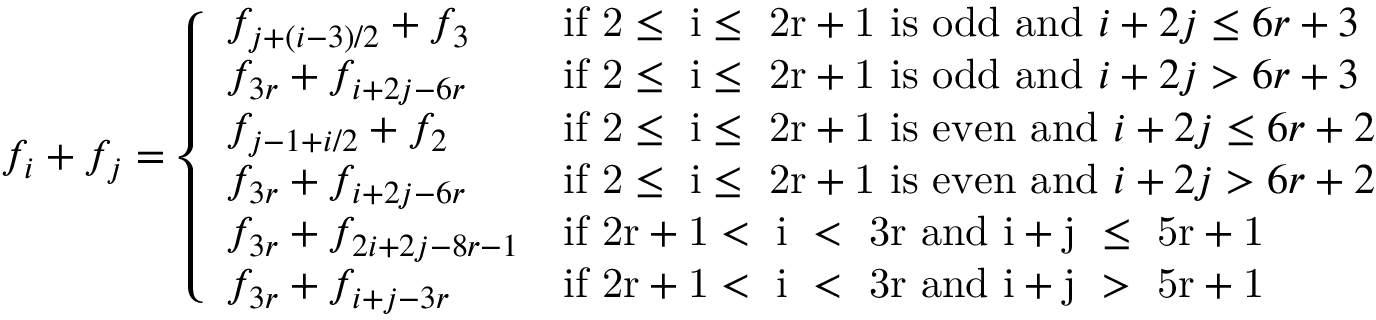
f _ { i } + f _ { j } = \left\{ \begin{array} { l l } { f _ { j + ( i - 3 ) / 2 } + f _ { 3 } } & { \mathrm { i f ~ 2 \leq ~ i \leq ~ 2 r + 1 ~ i s ~ o d d ~ a n d ~ } i + 2 j \leq 6 r + 3 } \\ { f _ { 3 r } + f _ { i + 2 j - 6 r } } & { \mathrm { i f ~ 2 \leq ~ i \leq ~ 2 r + 1 ~ i s ~ o d d ~ a n d ~ } i + 2 j > 6 r + 3 } \\ { f _ { j - 1 + i / 2 } + f _ { 2 } } & { \mathrm { i f ~ 2 \leq ~ i \leq ~ 2 r + 1 ~ i s ~ e v e n ~ a n d ~ } i + 2 j \leq 6 r + 2 } \\ { f _ { 3 r } + f _ { i + 2 j - 6 r } } & { \mathrm { i f ~ 2 \leq ~ i \leq ~ 2 r + 1 ~ i s ~ e v e n ~ a n d ~ } i + 2 j > 6 r + 2 } \\ { f _ { 3 r } + f _ { 2 i + 2 j - 8 r - 1 } } & { \mathrm { i f ~ 2 r + 1 < ~ i ~ < ~ 3 r ~ a n d ~ i + j ~ \leq ~ 5 r + 1 ~ } } \\ { f _ { 3 r } + f _ { i + j - 3 r } } & { \mathrm { i f ~ 2 r + 1 < ~ i ~ < ~ 3 r ~ a n d ~ i + j ~ > ~ 5 r + 1 ~ } } \end{array} \right.